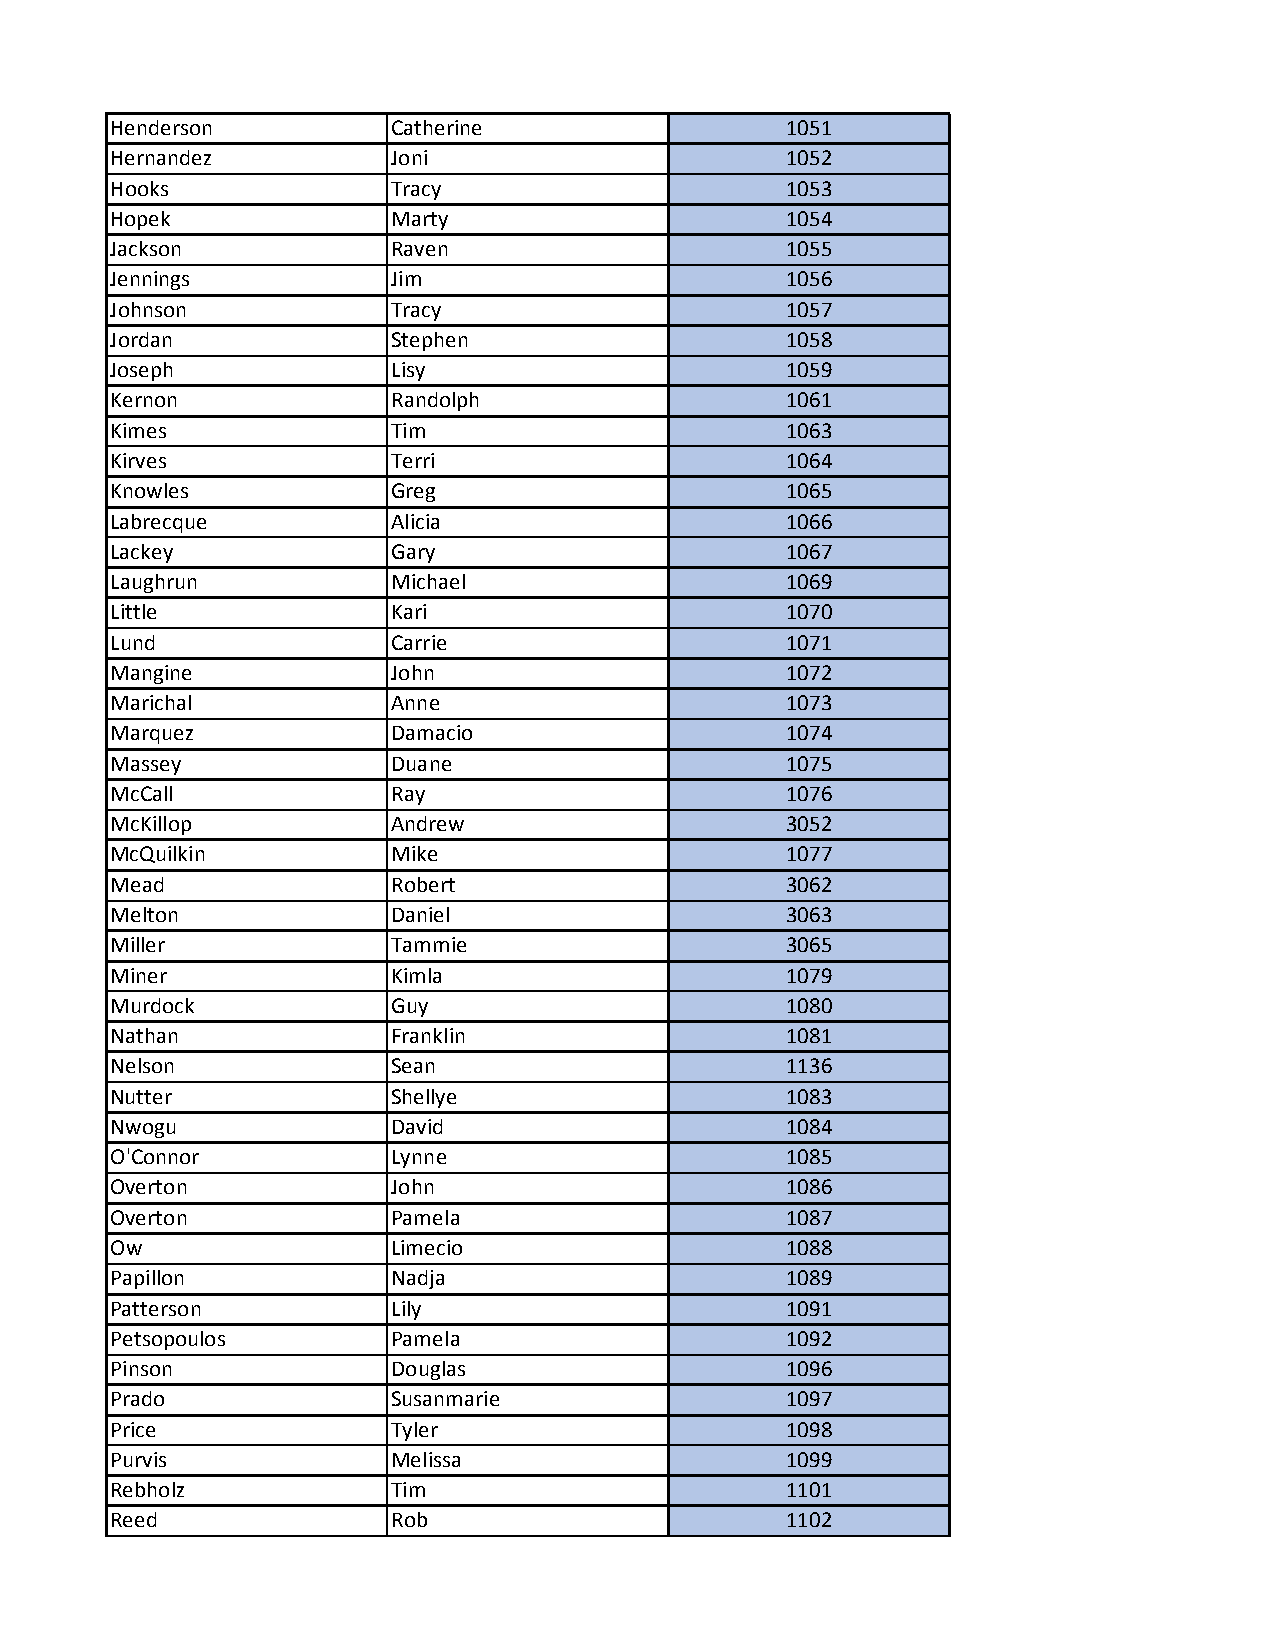
Henderson         Catherine                  1051
 Hernandez         Joni                       1052
 Hooks             Tracy                      1053
 Hopek             Marty                      1054
 Jackson           Raven                      1055
 Jennings          Jim                        1056
 Johnson           Tracy                      1057
 Jordan            Stephen                    1058
 Joseph            Lisy                       1059
 Kernon            Randolph                   1061
 Kimes             Tim                        1063
 Kirves            Terri                      1064
 Knowles           Greg                       1065
 Labrecque         Alicia                     1066
 Lackey            Gary                       1067
 Laughrun          Michael                    1069
 Little            Kari                       1070
 Lund              Carrie                     1071
 Mangine           John                       1072
 Marichal          Anne                       1073
 Marquez           Damacio                    1074
 Massey            Duane                      1075
 McCall            Ray                        1076
 McKillop          Andrew                     3052
 McQuilkin         Mike                       1077
 Mead              Robert                     3062
 Melton            Daniel                     3063
 Miller            Tammie                     3065
 Miner             Kimla                      1079
 Murdock           Guy                        1080
 Nathan            Franklin                   1081
 Nelson            Sean                       1136
 Nutter            Shellye                    1083
 Nwogu             David                      1084
 O'Connor          Lynne                      1085
 Overton           John                       1086
 Overton           Pamela                     1087
 Ow                Limecio                    1088
 Papillon          Nadja                      1089
 Patterson         Lily                       1091
 Petsopoulos       Pamela                     1092
 Pinson            Douglas                    1096
 Prado             Susanmarie                 1097
 Price             Tyler                      1098
 Purvis            Melissa                    1099
 Rebholz           Tim                        1101
 Reed              Rob                        1102